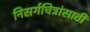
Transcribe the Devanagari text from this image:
निसर्गचित्रांसाठी